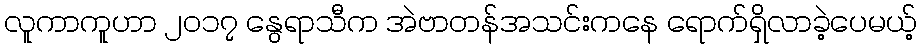
လူကာကူဟာ ၂၀၁၇ နွေရာသီက အဲဗာတန်အသင်းကနေ ရောက်ရှိလာခဲ့ပေမယ့်